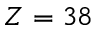
Z = 3 8